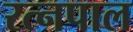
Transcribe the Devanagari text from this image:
रत्नपाल